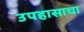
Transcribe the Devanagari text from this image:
उपहासाचा